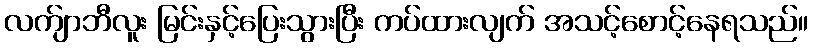
လက်ျာဘီလူး မြင်းနှင့်ပြေးသွားပြီး ကပ်ထားလျက် အသင့်စောင့်နေရသည်။